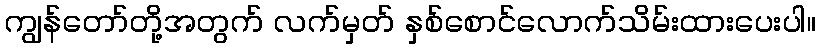
ကျွန်တော်တို့အတွက် လက်မှတ် နှစ်စောင်လောက်သိမ်းထားပေးပါ။